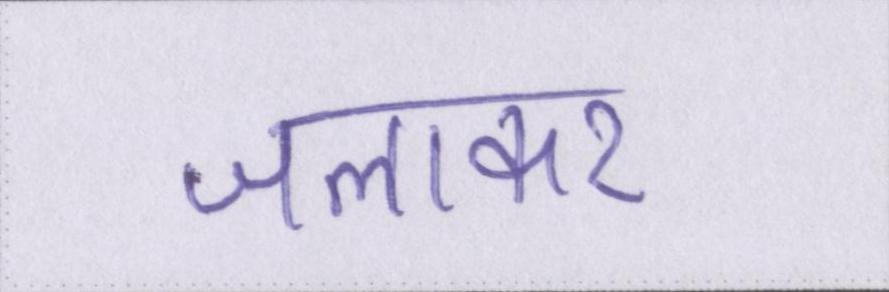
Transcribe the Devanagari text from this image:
जलाकर